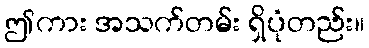
ဤကား အသက်တမ်း ရှိပုံတည်း။